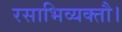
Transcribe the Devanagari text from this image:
रसाभिव्यक्तौ।